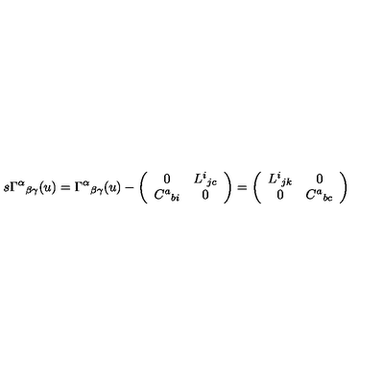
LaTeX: s \Gamma ^ { \alpha } { } _ { \beta \gamma } ( u ) = \Gamma ^ { \alpha } { } _ { \beta \gamma } ( u ) - \left( \begin{array} { c c } { 0 } & { L ^ { i } { } _ { j c } } \\ { C ^ { a } { } _ { b i } } & { 0 } \\ \end{array} \right) = \left( \begin{array} { c c } { L ^ { i } { } _ { j k } } & { 0 } \\ { 0 } & { C ^ { a } { } _ { b c } } \\ \end{array} \right)